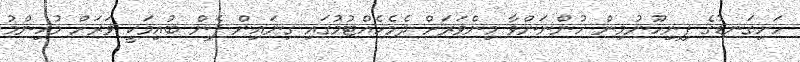
ހަށިގަނޑުގެ ފިނިހޫނުމިން ހުންނަންވާ މިންވަރަށް ދެމެހެއްޓުމުގައި ގިނައިން ފެން ބުއިމަކީ ވަރަށް މުހިންމު